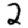
Digit: 2